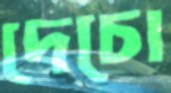
দেচো